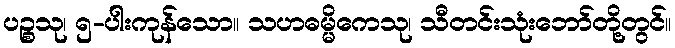
ပဉ္စသု၊ ၅-ပါးကုန်သော။ သဟဓမ္မိကေသု၊ သီတင်းသုံးဘော်တို့တွင်။